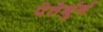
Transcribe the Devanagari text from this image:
पेतेर्बुर्ग